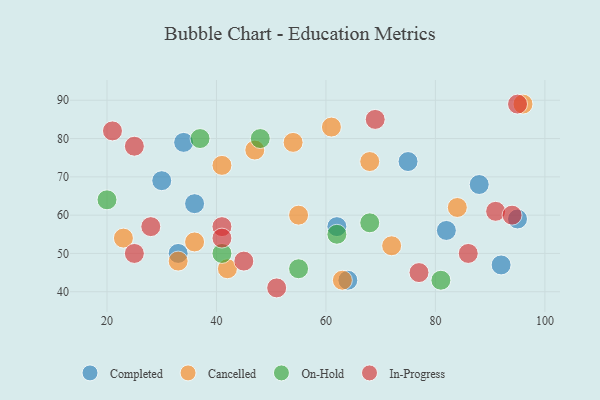
{"axis": {"x": "GDP", "y": "Life Expectancy"}, "legend": ["Cancelled", "Completed", "In-Progress", "On-Hold"], "data": [{"x": "92", "y": 47, "type": "Completed"}, {"x": "34", "y": 79, "type": "Completed"}, {"x": "64", "y": 43, "type": "Completed"}, {"x": "30", "y": 69, "type": "Completed"}, {"x": "36", "y": 63, "type": "Completed"}, {"x": "33", "y": 50, "type": "Completed"}, {"x": "95", "y": 59, "type": "Completed"}, {"x": "75", "y": 74, "type": "Completed"}, {"x": "82", "y": 56, "type": "Completed"}, {"x": "62", "y": 57, "type": "Completed"}, {"x": "88", "y": 68, "type": "Completed"}, {"x": "54", "y": 79, "type": "Cancelled"}, {"x": "47", "y": 77, "type": "Cancelled"}, {"x": "23", "y": 54, "type": "Cancelled"}, {"x": "63", "y": 43, "type": "Cancelled"}, {"x": "41", "y": 73, "type": "Cancelled"}, {"x": "72", "y": 52, "type": "Cancelled"}, {"x": "33", "y": 48, "type": "Cancelled"}, {"x": "61", "y": 83, "type": "Cancelled"}, {"x": "96", "y": 89, "type": "Cancelled"}, {"x": "42", "y": 46, "type": "Cancelled"}, {"x": "55", "y": 60, "type": "Cancelled"}, {"x": "36", "y": 53, "type": "Cancelled"}, {"x": "68", "y": 74, "type": "Cancelled"}, {"x": "84", "y": 62, "type": "Cancelled"}, {"x": "81", "y": 43, "type": "On-Hold"}, {"x": "62", "y": 55, "type": "On-Hold"}, {"x": "20", "y": 64, "type": "On-Hold"}, {"x": "48", "y": 80, "type": "On-Hold"}, {"x": "37", "y": 80, "type": "On-Hold"}, {"x": "55", "y": 46, "type": "On-Hold"}, {"x": "68", "y": 58, "type": "On-Hold"}, {"x": "41", "y": 50, "type": "On-Hold"}, {"x": "51", "y": 41, "type": "In-Progress"}, {"x": "91", "y": 61, "type": "In-Progress"}, {"x": "86", "y": 50, "type": "In-Progress"}, {"x": "69", "y": 85, "type": "In-Progress"}, {"x": "28", "y": 57, "type": "In-Progress"}, {"x": "41", "y": 57, "type": "In-Progress"}, {"x": "95", "y": 89, "type": "In-Progress"}, {"x": "77", "y": 45, "type": "In-Progress"}, {"x": "45", "y": 48, "type": "In-Progress"}, {"x": "25", "y": 78, "type": "In-Progress"}, {"x": "94", "y": 60, "type": "In-Progress"}, {"x": "25", "y": 50, "type": "In-Progress"}, {"x": "21", "y": 82, "type": "In-Progress"}, {"x": "41", "y": 54, "type": "In-Progress"}]}